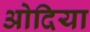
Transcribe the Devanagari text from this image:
ओदिया